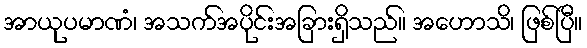
အာယုပမာဏံ၊ အသက်အပိုင်းအခြားရှိသည်။ အဟောသိ၊ ဖြစ်ပြီ။